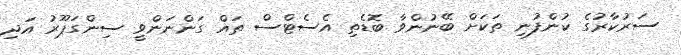
ސަރުކާރުގެ ކުންފުނި ތަކަށް ބޭނުންވާ ބޮޑެތި އެސެޓްސް ތައް ގަންނަންވީ ސިންގަޕޫރު އަދި